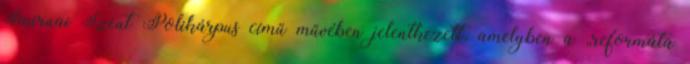
Smirnai Szent Polikárpus című művében jelentkezett, amelyben a „reformáta